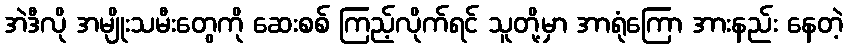
အဲဒီလို အမျိုးသမီးတွေကို ဆေးစစ် ကြည့်လိုက်ရင် သူတို့မှာ အာရုံကြော အားနည်း နေတဲ့